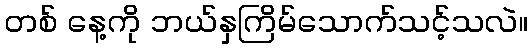
တစ် နေ့ကို ဘယ်နှကြိမ်သောက်သင့်သလဲ။